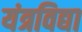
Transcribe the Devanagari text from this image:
यंत्रविद्या